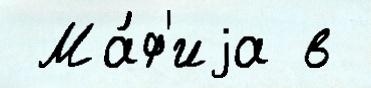
 Ма́ф'иjа в